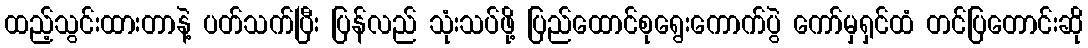
ထည့်သွင်းထားတာနဲ့ ပတ်သက်ပြီး ပြန်လည် သုံးသပ်ဖို့ ပြည်ထောင်စုရွေးကောက်ပွဲ ကော်မှရှင်ထံ တင်ပြတောင်းဆို